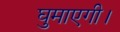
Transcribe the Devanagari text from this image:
घुमाएगी।